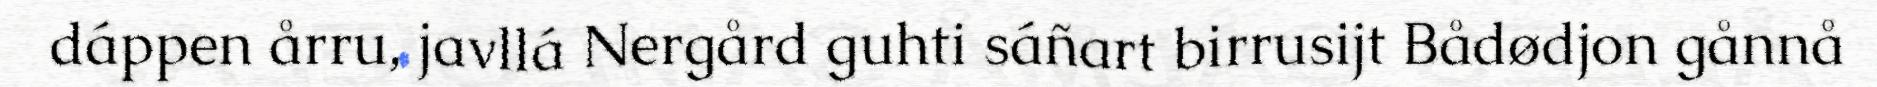
dáppen årru, javllá Nergård guhti sáñart birrusijt Bådødjon gånnå